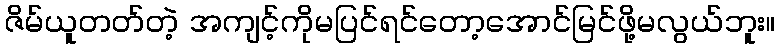
ဇိမ်ယူတတ်တဲ့ အကျင့်ကိုမပြင်ရင်တော့အောင်မြင်ဖို့မလွယ်ဘူး။